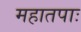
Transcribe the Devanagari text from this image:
महातपाः